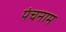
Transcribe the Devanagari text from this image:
पंचनाम